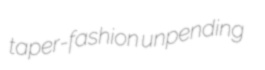
taper-fashion unpending